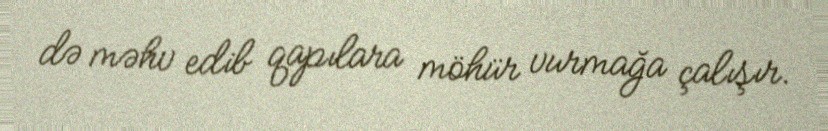
də məhv edib qapılara möhür vurmağa çalışır.